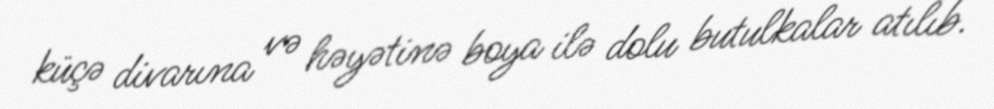
küçə divarına və həyətinə boya ilə dolu butulkalar atılıb.